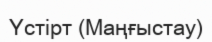
Үстірт (Маңғыстау)